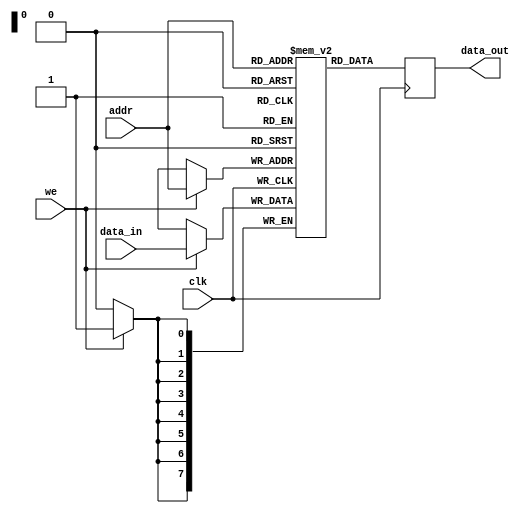
module single_port_ram #(
    parameter DATA_WIDTH = 8,      // Bit-width of each memory word
    parameter ADDR_WIDTH = 8       // Number of address lines
) (
    input wire clk,                // Clock signal
    input wire we,                 // Write enable signal
    input wire [ADDR_WIDTH-1:0] addr, // Address input
    input wire [DATA_WIDTH-1:0] data_in, // Data input bus
    output reg [DATA_WIDTH-1:0] data_out // Data output bus
);

    // Calculate depth from address width
    localparam DEPTH = 1 << ADDR_WIDTH; // 2^ADDR_WIDTH

    // Memory array declaration
    reg [DATA_WIDTH-1:0] ram [0:DEPTH-1];

    // Synchronous read and write operations
    always @(posedge clk) begin
        if (we) begin
            // Write operation
            ram[addr] <= data_in;
        end
        // Read operation
        data_out <= ram[addr];
    end

    // Optional: Initialization logic (uncomment if needed)
    /*
    initial begin
        integer i;
        for (i = 0; i < DEPTH; i = i + 1) begin
            ram[i] = {DATA_WIDTH{1'b0}}; // Initialize to zero
        end
    end
    */

endmodule